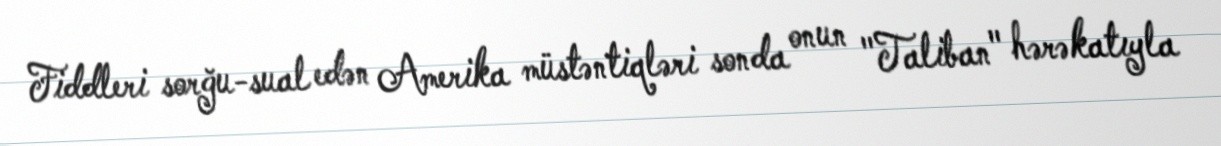
Fiddleri sorğu-sual edən Amerika müstəntiqləri sonda onun "Taliban" hərəkatıyla